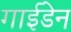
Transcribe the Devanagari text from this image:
गाईडेन